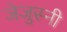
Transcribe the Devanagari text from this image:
जेजुस्नी